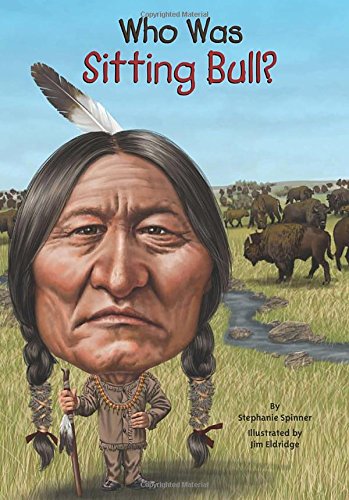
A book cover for Who Was Sitting Bull?; Stephanie Spinner; Children's Books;